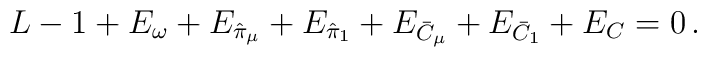
L - 1 + E_\omega + E_{\hat{\pi}_\mu} +  E_{\hat{\pi}_1} + E_{\bar{C}_\mu}  + E_{\bar{C}_1} + E_C = 0 \, .